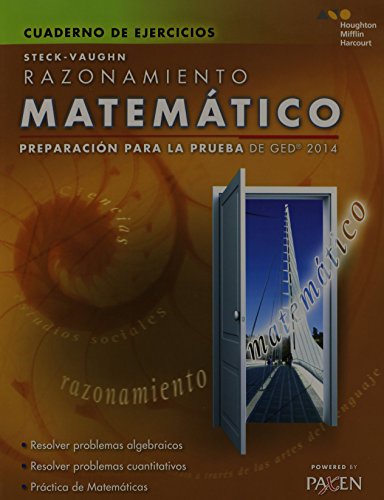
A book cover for Steck-Vaughn GED: Test Prep 2014 GED Mathematical Reasoning Spanish Student Workbook (Spanish Edition); STECK-VAUGHN; Test Preparation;